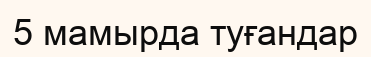
5 мамырда туғандар